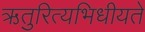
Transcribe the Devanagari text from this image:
ऋतुरित्यभिधीयते